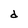
Character: d